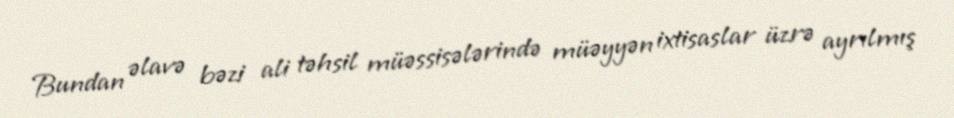
Bundan əlavə bəzi ali təhsil müəssisələrində müəyyən ixtisaslar üzrə ayrılmış